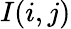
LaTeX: I(i,j)